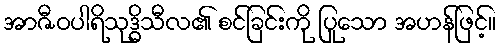
အာဇီဝပါရိသုဒ္ဓိသီလ၏ စင်ခြင်းကို ပြုသော အဟန်ဖြင့်။